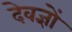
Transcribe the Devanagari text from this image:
देवज्ञों